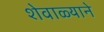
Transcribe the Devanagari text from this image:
शेवाळ्याने